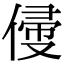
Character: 㑴